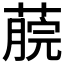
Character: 𦸌